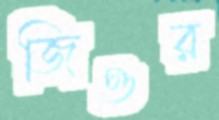
জিওর